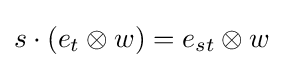
s\cdot (e_{t}\otimes w)=e_{st}\otimes w